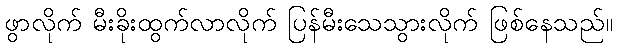
ဖွာလိုက် မီးခိုးထွက်လာလိုက် ပြန်မီးသေသွားလိုက် ဖြစ်နေသည်။